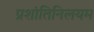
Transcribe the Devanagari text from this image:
प्रशांतिनिलयम